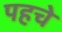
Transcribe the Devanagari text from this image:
पहचे